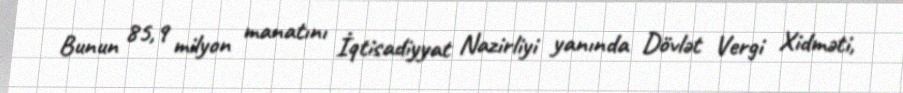
Bunun 85,9 milyon manatını İqtisadiyyat Nazirliyi yanında Dövlət Vergi Xidməti,